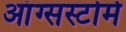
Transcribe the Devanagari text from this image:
आंग्सस्टोर्म